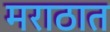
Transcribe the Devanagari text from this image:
मराठात